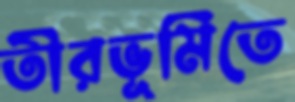
তীরভূমিতে